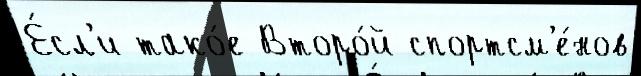
Е́сл'и тако́е Второ́й спортсм'е́нов